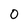
Character: O